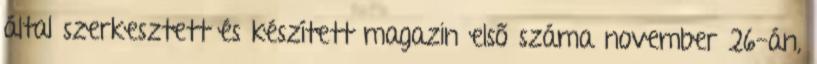
által szerkesztett és készített magazin első száma november 26-án,